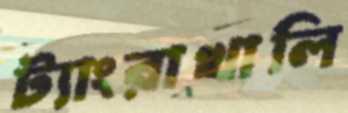
ট্যাংরাখালি